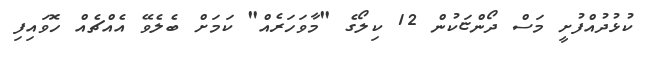
ކުޅުދުއްފުށީ މަސް ދޯންޏަކުން 12 ކިލޯގެ "މާވަހަރެއް" ކަމަށް ބެލެވޭ އެެއްޗެއް ހޮވައިފި